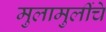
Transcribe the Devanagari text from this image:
मुलामुलींचे